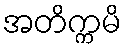
အတိက္ကမိ